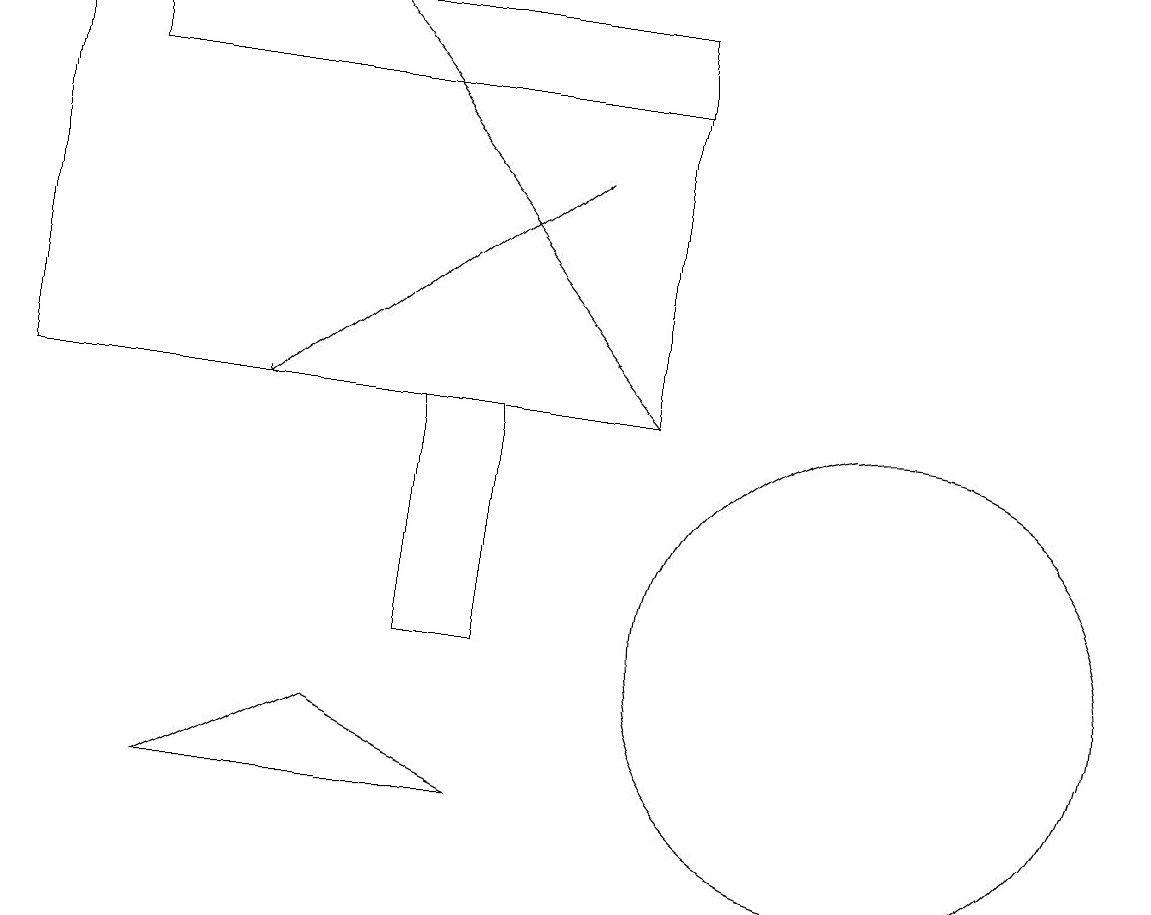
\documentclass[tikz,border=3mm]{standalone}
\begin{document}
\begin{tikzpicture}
\draw (5,10) rectangle (6,13);
\draw[->] (8,13) -- (4,18);
\draw (2,8) -- (6,8) -- (4,9) -- cycle;
\draw[->] (7,16) -- (3,13);
\draw (11,10) circle (3);
\draw (11,11) circle (0);
\draw (8,13) rectangle (0,18);
\draw (8,17) rectangle (1,18);
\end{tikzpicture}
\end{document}